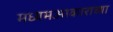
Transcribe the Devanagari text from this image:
मध्यमआकाराच्या